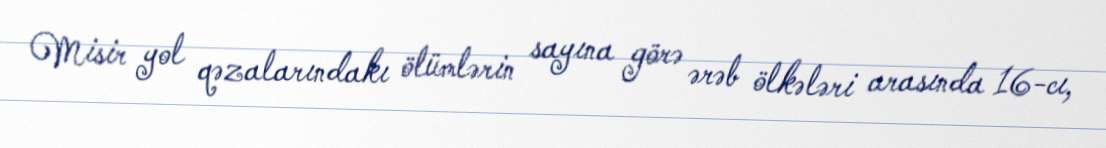
Misir yol qəzalarındakı ölümlərin sayına görə ərəb ölkələri arasında 16-cı,